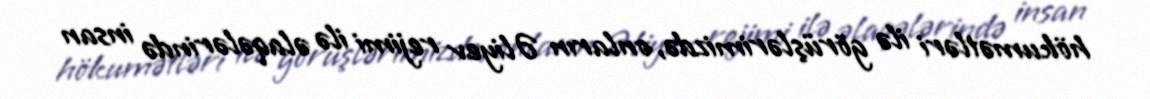
hökumətləri ilə görüşlərimizdə, onların Əliyev rejimi ilə əlaqələrində insan